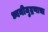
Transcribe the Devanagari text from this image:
ध्वनीमुद्रणाचा